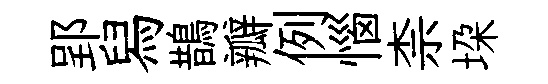
郢舄鵲瓣例惱柰垜